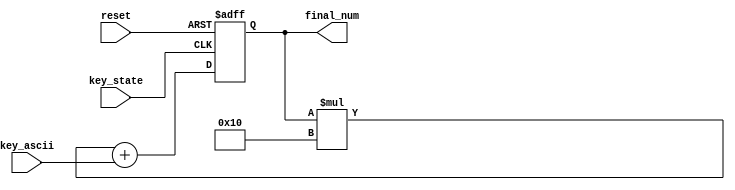
`timescale 1ns / 1ps
//////////////////////////////////////////////////////////////////////////////////
// Company: 
// Engineer: 
// 
// Design Name: 
// Module Name: Input_Num
// Project Name: 
// Target Devices: 
// Tool Versions: 
// Description: 
// 
// Dependencies: 
// 
// Revision:
// Revision 0.01 - File Created
// Additional Comments:
// 
//////////////////////////////////////////////////////////////////////////////////


module Input_Num(
    input reset,//reset
    //input button_press,
    input key_state,
    input [7:0] key_ascii,
    output reg [28:0] final_num
    );

    initial final_num = 0;
    

    always @ (negedge key_state or posedge reset)begin
        
        if(reset)
            final_num <= 0;
        else 
            final_num <= final_num * 16 + key_ascii;

    end




endmodule